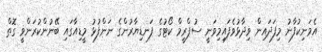
އެމަނިކުފާނު މިފަދައިން ވިދާޅުވެފައިމިވަނީ ސުޕްރީމް ކޯޓުގެ ފަނޑިޔާރުންގެ ނަންފުޅު މީޑިއާގައި ބޭނުންކުރަންވީ ގޮތް